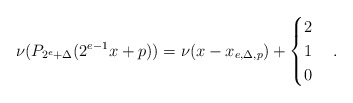
\begin{align*}\nu(P_{2^e+\Delta}(2^{e-1}x+p))=\nu(x-x_{e,\Delta,p})+\begin{cases}2&\\1&\\0&\end{cases}.\end{align*}